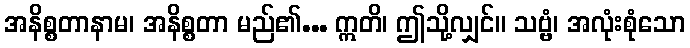
အနိစ္စတာနာမ၊ အနိစ္စတာ မည်၏... ဣတိ၊ ဤသို့လျှင်။ သဗ္ဗံ၊ အလုံးစုံသော